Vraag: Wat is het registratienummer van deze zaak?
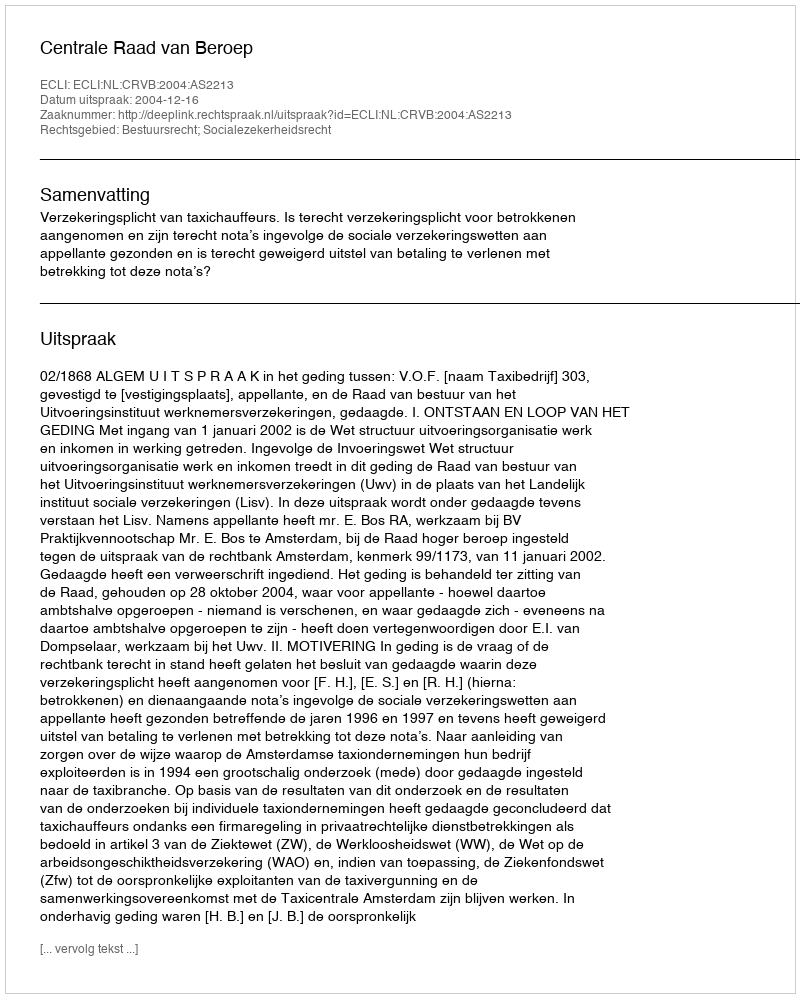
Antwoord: http://deeplink.rechtspraak.nl/uitspraak?id=ECLI:NL:CRVB:2004:AS2213